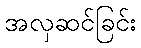
အလှဆင်ခြင်း